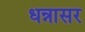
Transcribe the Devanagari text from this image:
धन्नासर